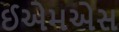
ઈએમએસ